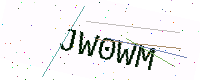
Text: JW0WM